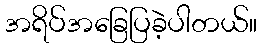
အရိပ်အခြေပြခဲ့ပါတယ်။